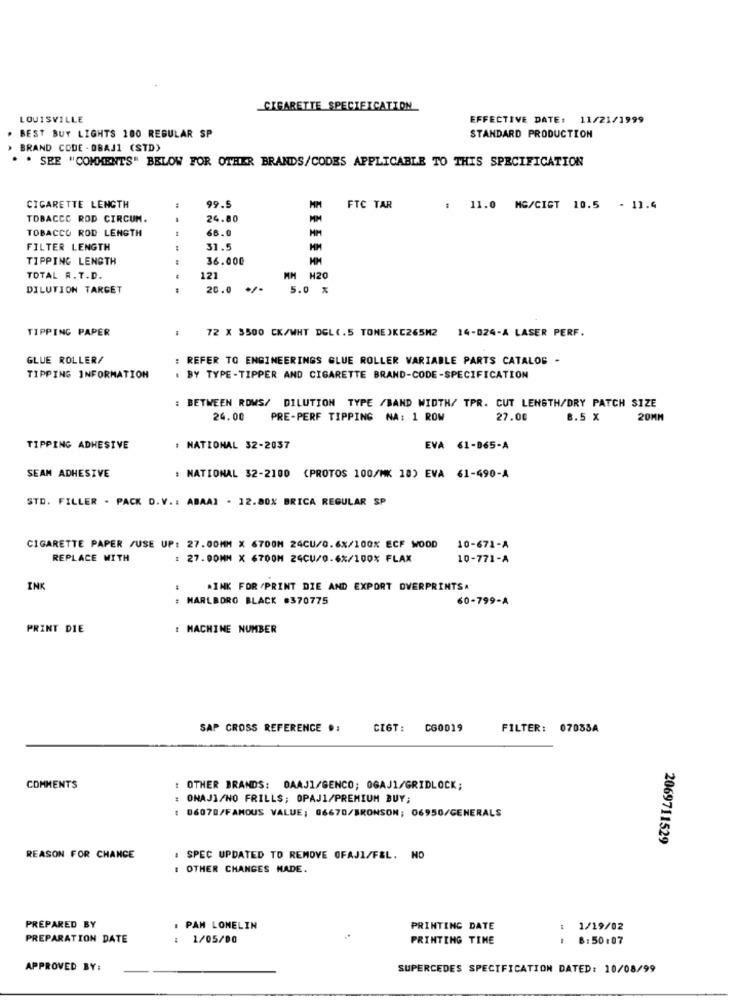
CIGARETTE SPECIFICATION
LOUISVILLE
EFFECTIVE DATE: 11/21/1999
BEST BUY LIGHTS 100 REGULAR SP
STANDARD PRODUCTION
BRAND CODE - OBAJ1 (STD)
. SEE "COMMENTS" BELOW FOR OTHER BRANDS/CODES APPLICABLE TO THIS SPECIFICATION
CIGARETTE LENGTH
99.5
FTC TAR
: 11.0 MG/CIGT 10.5 - 1].4
TOBACCO ROD CIRCUM.
24.80
TOBACCO ROD LENGTH
66.0
FILTER LENGTH
31.
TIPPING LENGTH
36.000
TOTAL R. T.D.
121
MM H20
DILUTION TARGET
20.0 */*
5.0 %
TIPPING PAPER
.
72 X 3500 CK/WHT DGL(.5 TONE )KC265M2
14-024-A LASER PERF.
GLUE ROLLER/
: REFER TO ENGINEERINGS GLUE ROLLER VARIABLE PARTS CATALOG -
TIPPING INFORMATION
: BY TYPE -TIPPER AND CIGARETTE BRAND-CODE-SPECIFICATION
: BETWEEN ROWS/ DILUTION TYPE /BAND WIDTH/ TPR. CUT LENGTH/DRY PATCH SIZE
24.00
PRE-PERF TIPPING NA: 1 ROW
27.00
8.5 X
20MM
TIPPING ADHESIVE
# NATIONAL 32-2037
EVA 61-065-A
SEAM ADHESIVE
: NATIONAL 32-2100 (PROTOS 100/MK 18) EVA 61-490-A
STD. FILLER - PACK D.V .: ABAAL - 12.80% BRICA REGULAR SP
CIGARETTE PAPER /USE UP: 27.00MM X 6700M 24CU/0.6%/100X ECF WOOD
10-671-A
REPLACE WITH
: 27.00MM X 6700M 24CU/0.6%/100% FLAX
10-771-A
INK
AINK FOR /PRINT DIE AND EXPORT OVERPRINTSA
: MARLBORO BLACK #370775
60-799-A
PRINT DIE
: MACHINE NUMBER
SAP CROSS REFERENCE #:
CIGT:
CG0019
FILTER: 07035A
COMMENTS
OTHER BRANDS: DAAJI/GENCO; OGAJI/GRIDLOCK;
: ONAJI/NO FRILLS; OPAJI/PREMIUM BUY;
: 06070/FAMOUS VALUE; 06670/BRONSON; 06950/GENERALS
2069711529
REASON FOR CHANCE
. SPEC UPDATED TO REMOVE OFAJI/F&L. NO
: OTHER CHANGES MADE.
PREPARED BY
PAN LONELIN
PRINTING DATE
1/19/02
PREPARATION DATE
1/05/00
PRINTING TINE
8:50:07
APPROVED BY:
SUPERCEDES SPECIFICATION DATED: 10/08/99